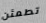
تطمئن